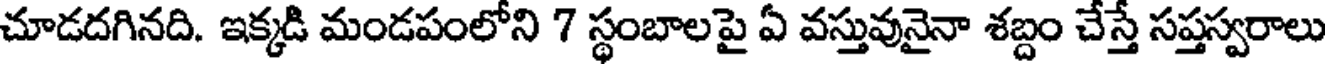
చూడదగినది. ఇక్కడి మండపంలోని 7 స్థంబాలపై ఏ వస్తువునైనా శబ్దం చేస్తే సప్తస్వరాలు